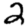
Digit: 2